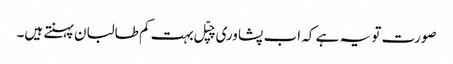
صورت تو یہ ہے کہ اب پشاوری چپّل بہت کم طالبان پہنتے ہیں۔